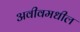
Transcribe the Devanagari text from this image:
अवीवमधील